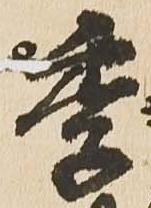
季